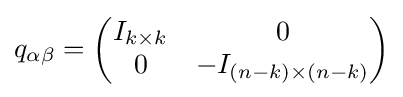
q_{\alpha \beta }={\begin{pmatrix}I_{k\times k}&0\\0&-I_{(n-k)\times (n-k)}\end{pmatrix}}